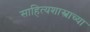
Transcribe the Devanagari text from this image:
साहित्यशास्त्राच्या